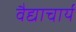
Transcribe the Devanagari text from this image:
वैद्याचार्य